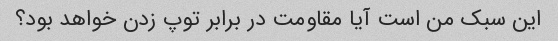
این سبک من است آیا مقاومت در برابر توپ زدن خواهد بود؟